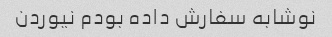
نوشابه سفارش داده بودم نیوردن